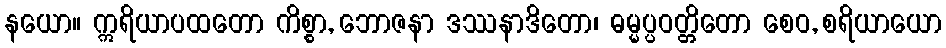
နယော။ ဣရိယာပထတော ကိစ္စာ, ဘောဇနာ ဒဿနာဒိတော၊ ဓမ္မပ္ပဝတ္တိတော စေဝ, စရိယာယော